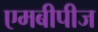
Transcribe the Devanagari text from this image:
एमबीपीज